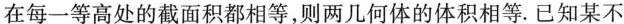
在每一等高处的截面积都相等，则两几何体的体积相等.已知某不